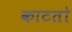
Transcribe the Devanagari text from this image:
काटतो